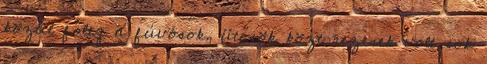
közül főleg a fúvósok, ütősök közt rezesek volt sok